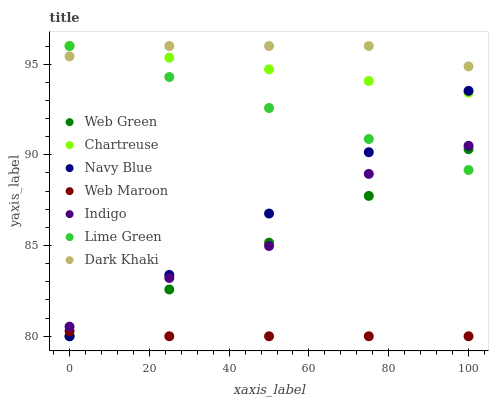
| xaxis_label | Web Green | Chartreuse | Navy Blue | Web Maroon | Indigo | Lime Green | Dark Khaki |
 | --- | --- | --- | --- | --- | --- | --- | --- |
 | 0 | 80 | 96 | 80 | 80.3 | 80.5 | 96 | 95.4 |
 | 25 | 82.6 | 95.4 | 83.4 | 80 | 83.2 | 94.3 | 96 |
 | 50 | 85.2 | 94.7 | 86.8 | 80 | 85 | 92.6 | 96 |
 | 75 | 87.7 | 94.1 | 90.1 | 80 | 89 | 90.9 | 96 |
 | 100 | 90.3 | 93.4 | 93.5 | 80 | 90.5 | 89.2 | 94.9 |